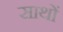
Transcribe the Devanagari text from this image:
साथों